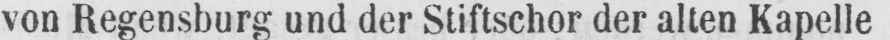
von Regensburg und der Stiftschor der alten Kapelle